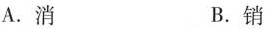
A.消 B.销